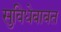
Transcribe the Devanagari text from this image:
सुविधेबाबत